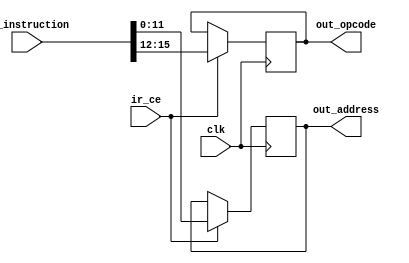
module IR(in_instruction, ir_ce, clk,
          out_opcode, out_address);
    
    input [15:0]in_instruction;
    input ir_ce, clk;
    output reg [3:0] out_opcode;
    output reg [11:0] out_address;
    
    always @(posedge clk)
    if (ir_ce)
        begin
            out_opcode  <= in_instruction[15:12];
            out_address <= in_instruction[11:0];
        end
    
endmodule